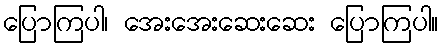
ပြောကြပါ၊ အေးအေးဆေးဆေး ပြောကြပါ။